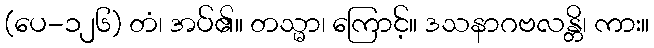
(ပေ-၁၂၆) တံ၊ အပ်၏။ တသ္မာ၊ ကြောင့်။ ဒသနာဂဗလန္တိ၊ ကား။